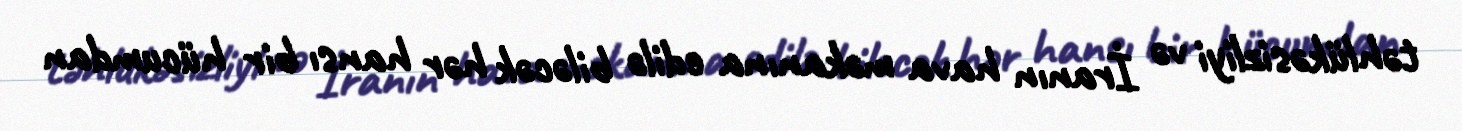
təhlükəsizliyi və İranın hava məkanına edilə biləcək hər hansı bir hücumdan